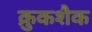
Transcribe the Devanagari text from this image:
क्रुकशैक